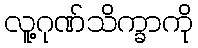
လူ့ဂုဏ်သိက္ခာကို